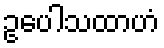
ဥပေါသထာဟံ